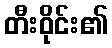
တီးဝိုင်း၏